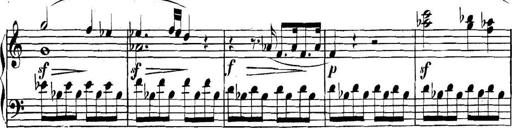
Title: Collected Piano Sonatas
Composer: Muzio Clementi